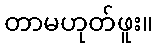
တာမဟုတ်ဖူး။